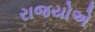
રાજયોએ